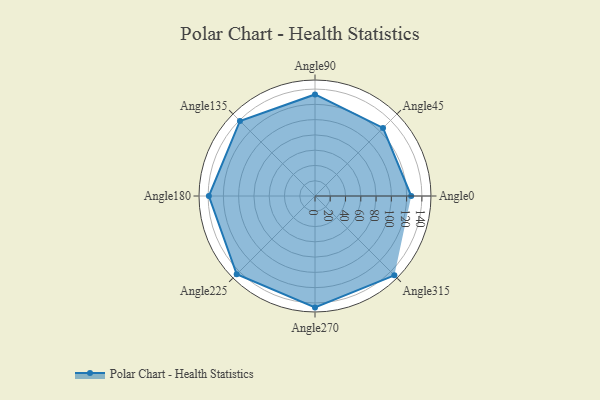
{"axis": {"x": "Angle", "y": "Radius"}, "legend": [""], "data": [{"x": "Angle0", "y": 126.0, "type": ""}, {"x": "Angle45", "y": 126.0, "type": ""}, {"x": "Angle90", "y": 133.0, "type": ""}, {"x": "Angle135", "y": 139.0, "type": ""}, {"x": "Angle180", "y": 139.0, "type": ""}, {"x": "Angle225", "y": 145.0, "type": ""}, {"x": "Angle270", "y": 146.0, "type": ""}, {"x": "Angle315", "y": 147.0, "type": ""}]}